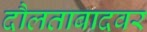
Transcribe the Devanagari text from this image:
दौलताबादवर